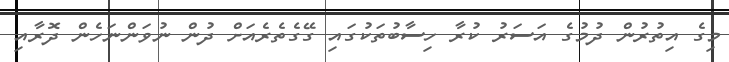
މިގެ އިތުރުން ދުމުގެ އަސަރު ކުރާ ހިސާބުތަކުގައި ގޭގެތެރެއަށް ދުން ނުވަންނަހެން ދޮރާއި